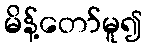
မိန့်တော်မူ၍